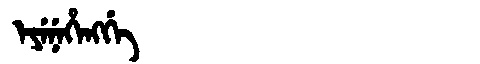
Manchu: ᡝᠶᡝᠨᡝᡥᡝᠩᡤᡝ
Romanization: EYENEHENGGE